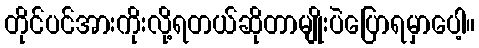
တိုင်ပင်အားကိုးလို့ရတယ်ဆိုတာမျိုးပဲပြောရမှာပေါ့။